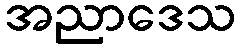
အညာဒေသ